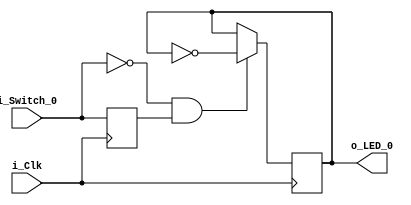
`timescale 1ns / 1ps

module Switches_Toggle_LEDs(
    input i_Clk,
    input i_Switch_0,
    output o_LED_0
    );

    reg r_Switch_0 = 1'b0;
    reg r_LED_0 = 1'b0;

    always @ (posedge i_Clk)
    begin
        r_Switch_0 <= i_Switch_0;
        if ( i_Switch_0 == 1'b0 && r_Switch_0 == 1'b1)
            begin
                r_LED_0 <= ~r_LED_0;
            end
    end

    assign o_LED_0 = r_LED_0;
endmodule